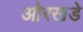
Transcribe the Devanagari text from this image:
ओरखडे